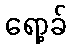
ရော့ခ်